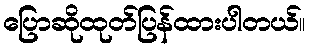
ပြောဆိုထုတ်ပြန်ထားပါတယ်။